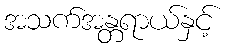
အသက်အန္တရာယ်နှင့်